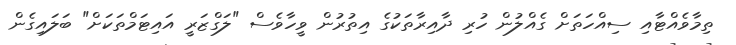
ތިމާވެއްޓާއި ސިއްހަތަށް ގެއްލުން ހުރި ދާއިރާތަކުގެ އިތުރުން ވީހާވެސް "ލަގްޒަރީ އައިޓަމްތަކަށް" ބަލައިގެން